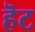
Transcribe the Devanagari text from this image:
हॆट